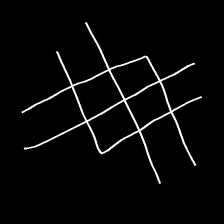
Glyph: crystal